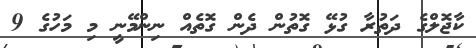
ކާޖޮލްގެ ދަތުރާ ގުޅޭ ގޮތުން ދެން ގޮތެއް ނިންމޭނީ މި މަހުގެ 9